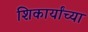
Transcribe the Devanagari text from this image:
शिकार्यांच्या